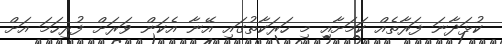
ކުޅަދާނަ ފަރާތެއް ކަމަށާއި މި ހަރަކާތުގައި އޭނާ އެކަން ވަރަށް ފުރިހަމަ އަށް